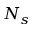
N _ { s }